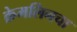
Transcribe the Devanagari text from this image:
क्रेमलिनचा